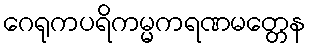
ဂေရုကပရိကမ္မကရဏမတ္တေန